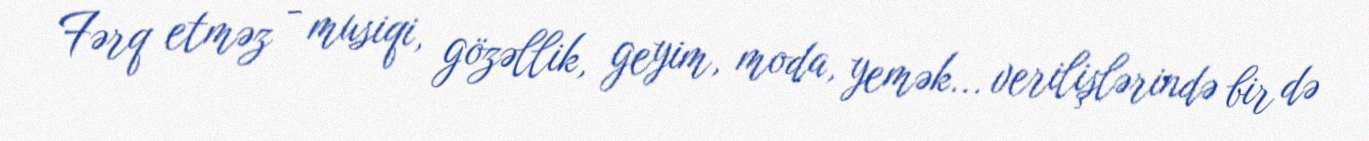
Fərq etməz - musiqi, gözəllik, geyim, moda, yemək... verilişlərində bir də